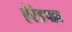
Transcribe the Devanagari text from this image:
ऐरंडपल्ल